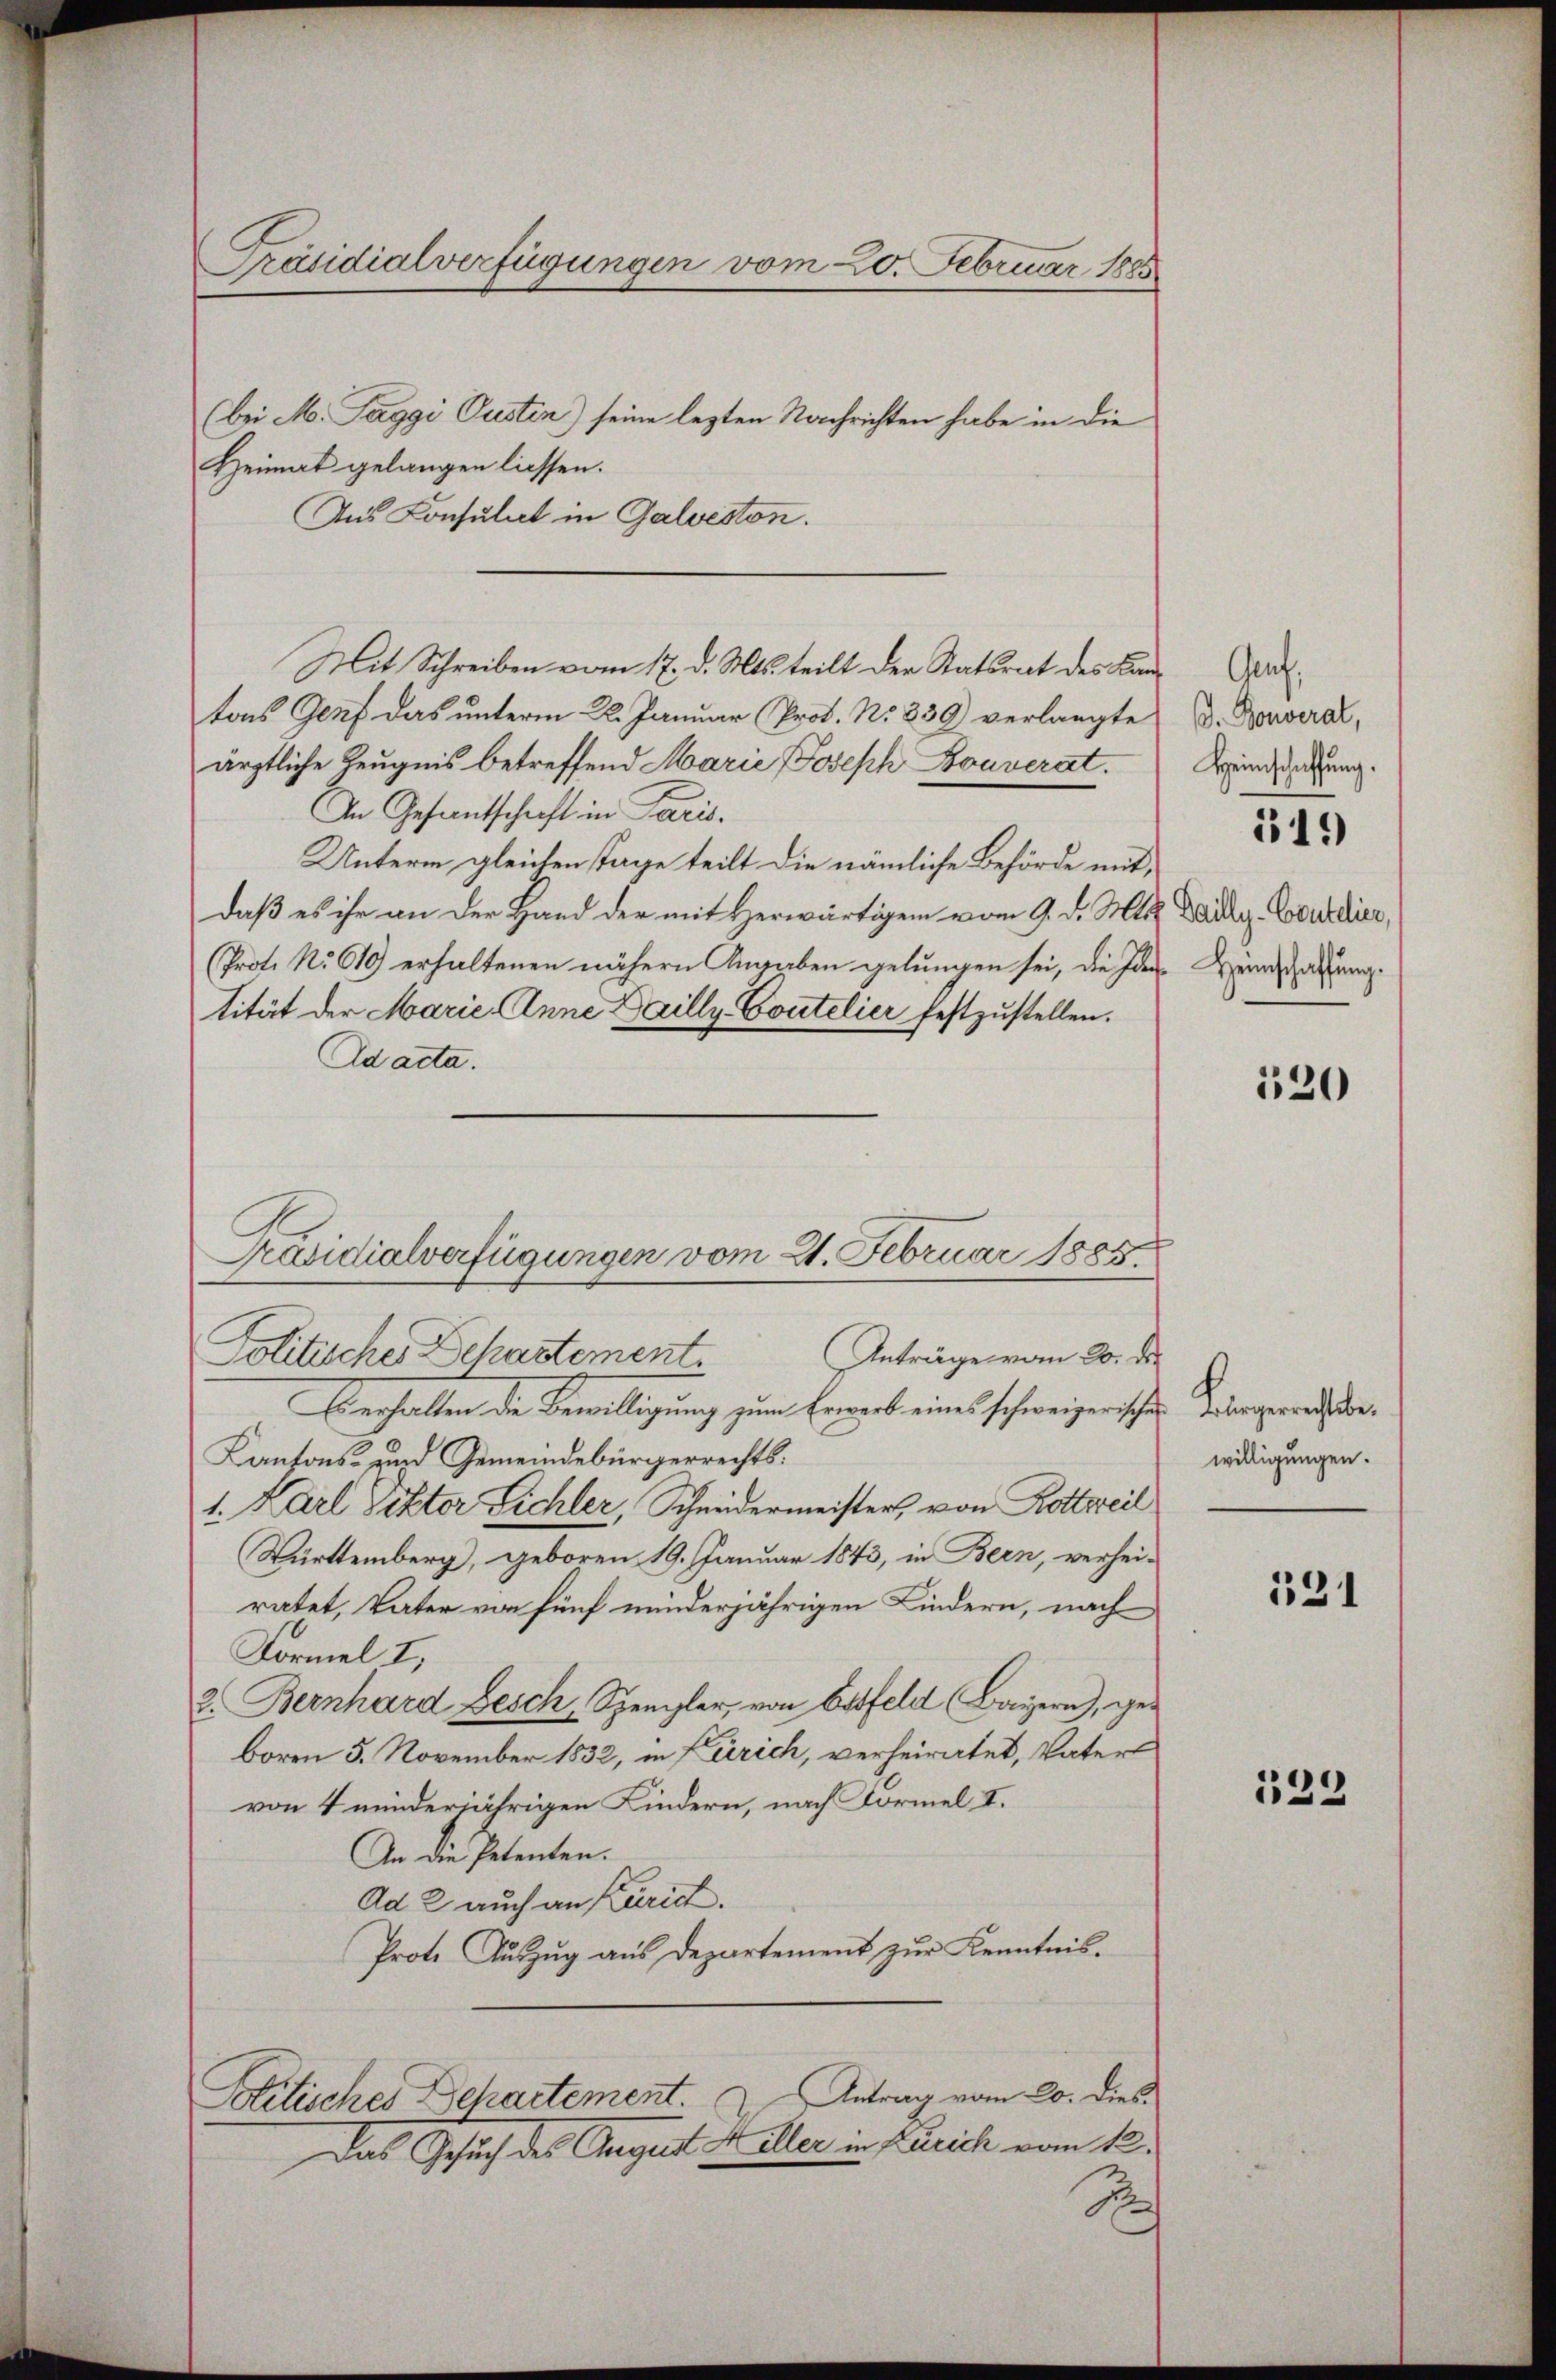
Präsidialverfügungen vom 20. Februar 1885

(bei M. Paggi Pusten) seine lezten Nachrichten habe in die
Heimat gelangen lassen.
Aus Konsulat in Galveston.
tons Genf das unterm 22. Januar (Prot. No 339) verlangte
ärztliche Zeugnis betreffend Marie Joseph Bouverat.
In Gesandtschaft in Paris.
Unterm gleichen Tage teilt die nämliche Behörde mit,
daß es ihr an der Hand der mit Herwärtigem vom 9. d. Mts. Waidg. Cooedier,
(Prot. No 610) erhaltenen nähern Angaben gelungen sei, die Ider-Weinschaffung
tität der Marie Anne Dailly-Coutelier festzustellen.
Ad acta.
Eerhalten die Bewilligung zum Erwerb eines schweizerischen Vergerichte¬
Kantons- und Gemeindebürgerrechts:
1. Karl Viktor Lichler, Schneidermeister, von Rottsreil
Württemberg, geboren 19. Januar 1843, in Bern, verhei-
ratet, Vater von fünf minderjährigen Kindern, nach
Formel I,
2. Bernhard Besch, Spengler, von Estfeld Bayern), geboren 5. November 1832, in Zürich, verheiratet, Vater
von 4 minderjährigen Kindern, nach Formel I.
An die Petenten.
Ad 2 auch an Kurich.
Prote Auszug aus Departement zur Kenntnis.
Politisches Departement. Antrag vom 20. dies
Das Gesuch des August Heller in Zürich vom 12.
Sch

Mit Schreiben vom 17. d. Mts. teilt der Statsrat des Kan¬

Präsidialverfügungen vom 21. Februar 1885.
Anträge vom 20. de
Politisches Dekastement

Gruf,
D. Bouverat,
Heimschaffung.

519

120

willigungen.

131

123